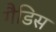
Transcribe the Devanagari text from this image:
गैडिस